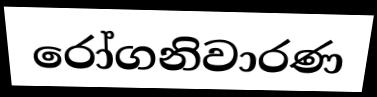
රෝගනිවාරණ